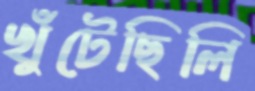
খুঁটেছিলি